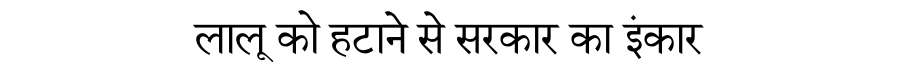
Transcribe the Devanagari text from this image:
लालू को हटाने से सरकार का इंकार